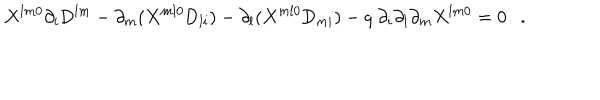
X ^ { l m 0 } \partial _ { i } \mathrm { D } ^ { l m } - \partial _ { m } ( X ^ { m l 0 } \mathrm { D } _ { l i } ) - \partial _ { l } ( X ^ { m l 0 } \mathrm { D } _ { m i } ) - q { ~ } \partial _ { i } \partial _ { l } \partial _ { m } X ^ { l m 0 } = 0 .